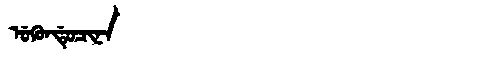
Manchu: ᡠᡴᡠᠨᡩᡠᠴᡳᠨᠠ
Romanization: UKUNDUCINA